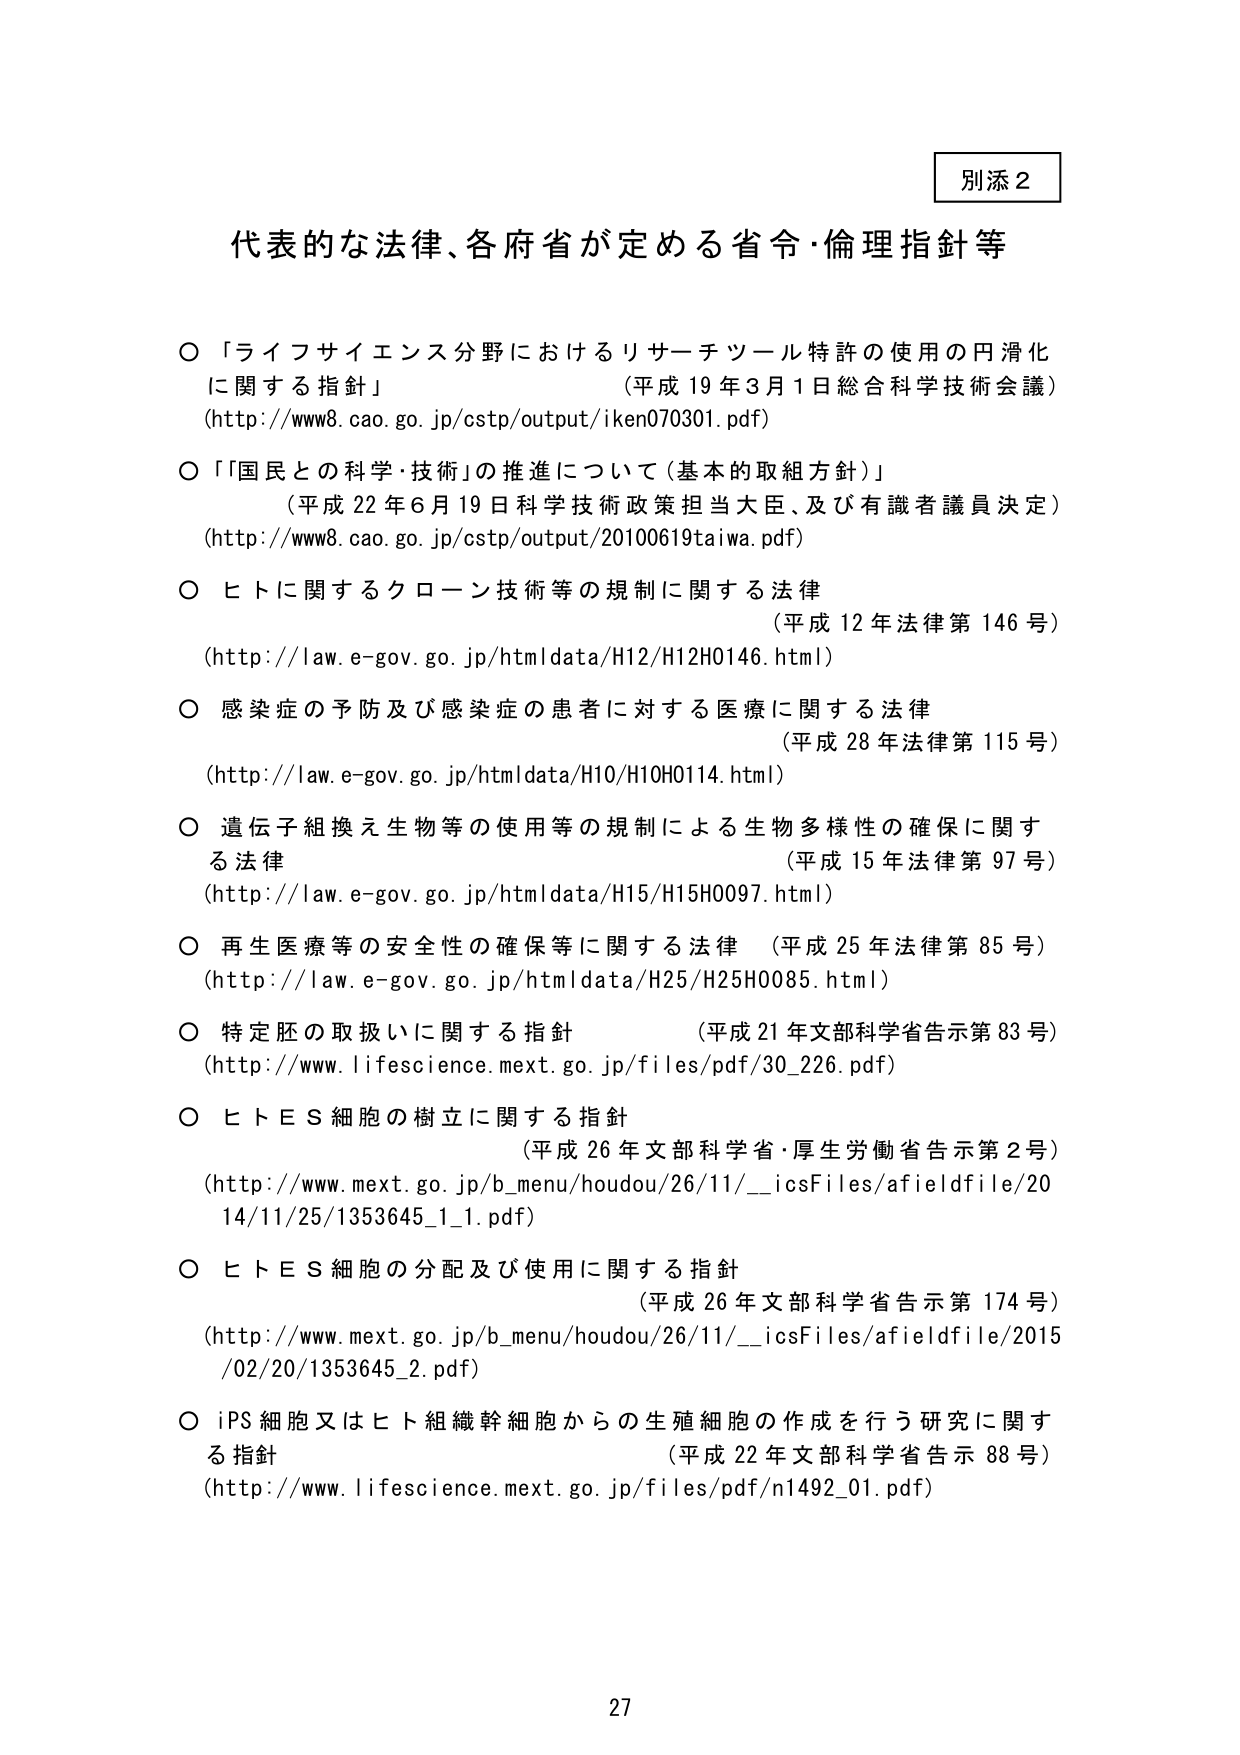
別添２

代表的な法律、各府省が定める省令・倫理指針等

○「ライフサイエンス分野におけるリサーチツール特許の使用の円滑化に関する指針」
（平成19年3月1日総合科学技術会議）
(http://www8.cao.go.jp/cstp/output/iken070301.pdf)

○「国民との科学・技術」の推進について（基本的取組方針）
（平成22年6月19日科学技術政策担当大臣、及び有識者議員決定）
(http://www8.cao.go.jp/cstp/output/20100619taiwa.pdf)

○ヒトに関するクローン技術等の規制に関する法律
（平成12年法律第146号）
(http://law.e-gov.go.jp/htmldata/H12/H12H0146.html)

○感染症の予防及び感染症の患者に対する医療に関する法律
（平成28年法律第115号）
(http://law.e-gov.go.jp/htmldata/H10/H10H0114.html)

○遺伝子組換え生物等の使用等の規制による生物多様性の確保に関する法律
（平成15年法律第97号）
(http://law.e-gov.go.jp/htmldata/H15/H15H0097.html)

○再生医療等の安全性の確保等に関する法律（平成25年法律第85号）
(http://law.e-gov.go.jp/htmldata/H25/H25H0085.html)

○特定胚の取扱いに関する指針
（平成21年文部科学省告示第83号）
(http://www.lifescience.mext.go.jp/files/pdf/30_226.pdf)

○ヒトES細胞の樹立に関する指針
（平成26年文部科学省・厚生労働省告示第2号）
(http://www.mext.go.jp/b_menu/houdou/26/11/__icsFiles/afieldfile/2014/11/25/1353645_1_1.pdf)

○ヒトES細胞の分配及び使用に関する指針
（平成26年文部科学省告示第174号）
(http://www.mext.go.jp/b_menu/houdou/26/11/__icsFiles/afieldfile/2015/02/20/1353645_2.pdf)

○iPS細胞又はヒト組織幹細胞からの生殖細胞の作成を行う研究に関する指針
（平成22年文部科学省告示88号）
(http://www.lifescience.mext.go.jp/files/pdf/n1492_01.pdf)

27